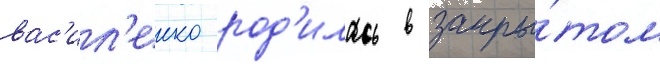
вас'ил'енко род'илась в закры́том